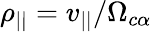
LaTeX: \rho_{||}=v_{||}/\Omega_{c\alpha}